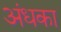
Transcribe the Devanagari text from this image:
अंधका